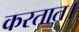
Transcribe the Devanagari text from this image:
करतात।